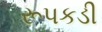
રૂપકડી